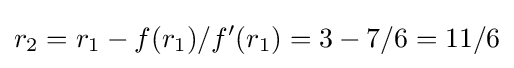
r_{2}=r_{1}-f(r_{1})/f'(r_{1})=3-7/6=11/6